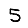
Digit: 5